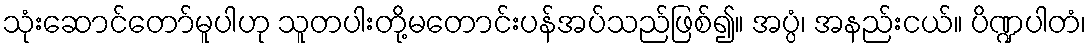
သုံးဆောင်တော်မူပါဟု သူတပါးတို့မတောင်းပန်အပ်သည်ဖြစ်၍။ အပ္ပံ၊ အနည်းငယ်။ ပိဏ္ဍပါတံ၊